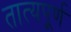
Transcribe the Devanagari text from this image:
तात्यपूर्ण